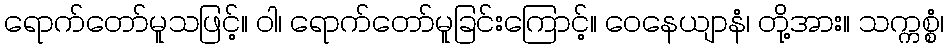
ရောက်တော်မူသဖြင့်။ ဝါ၊ ရောက်တော်မူခြင်းကြောင့်။ ဝေနေယျာနံ၊ တို့အား။ သက္ကစ္စံ၊